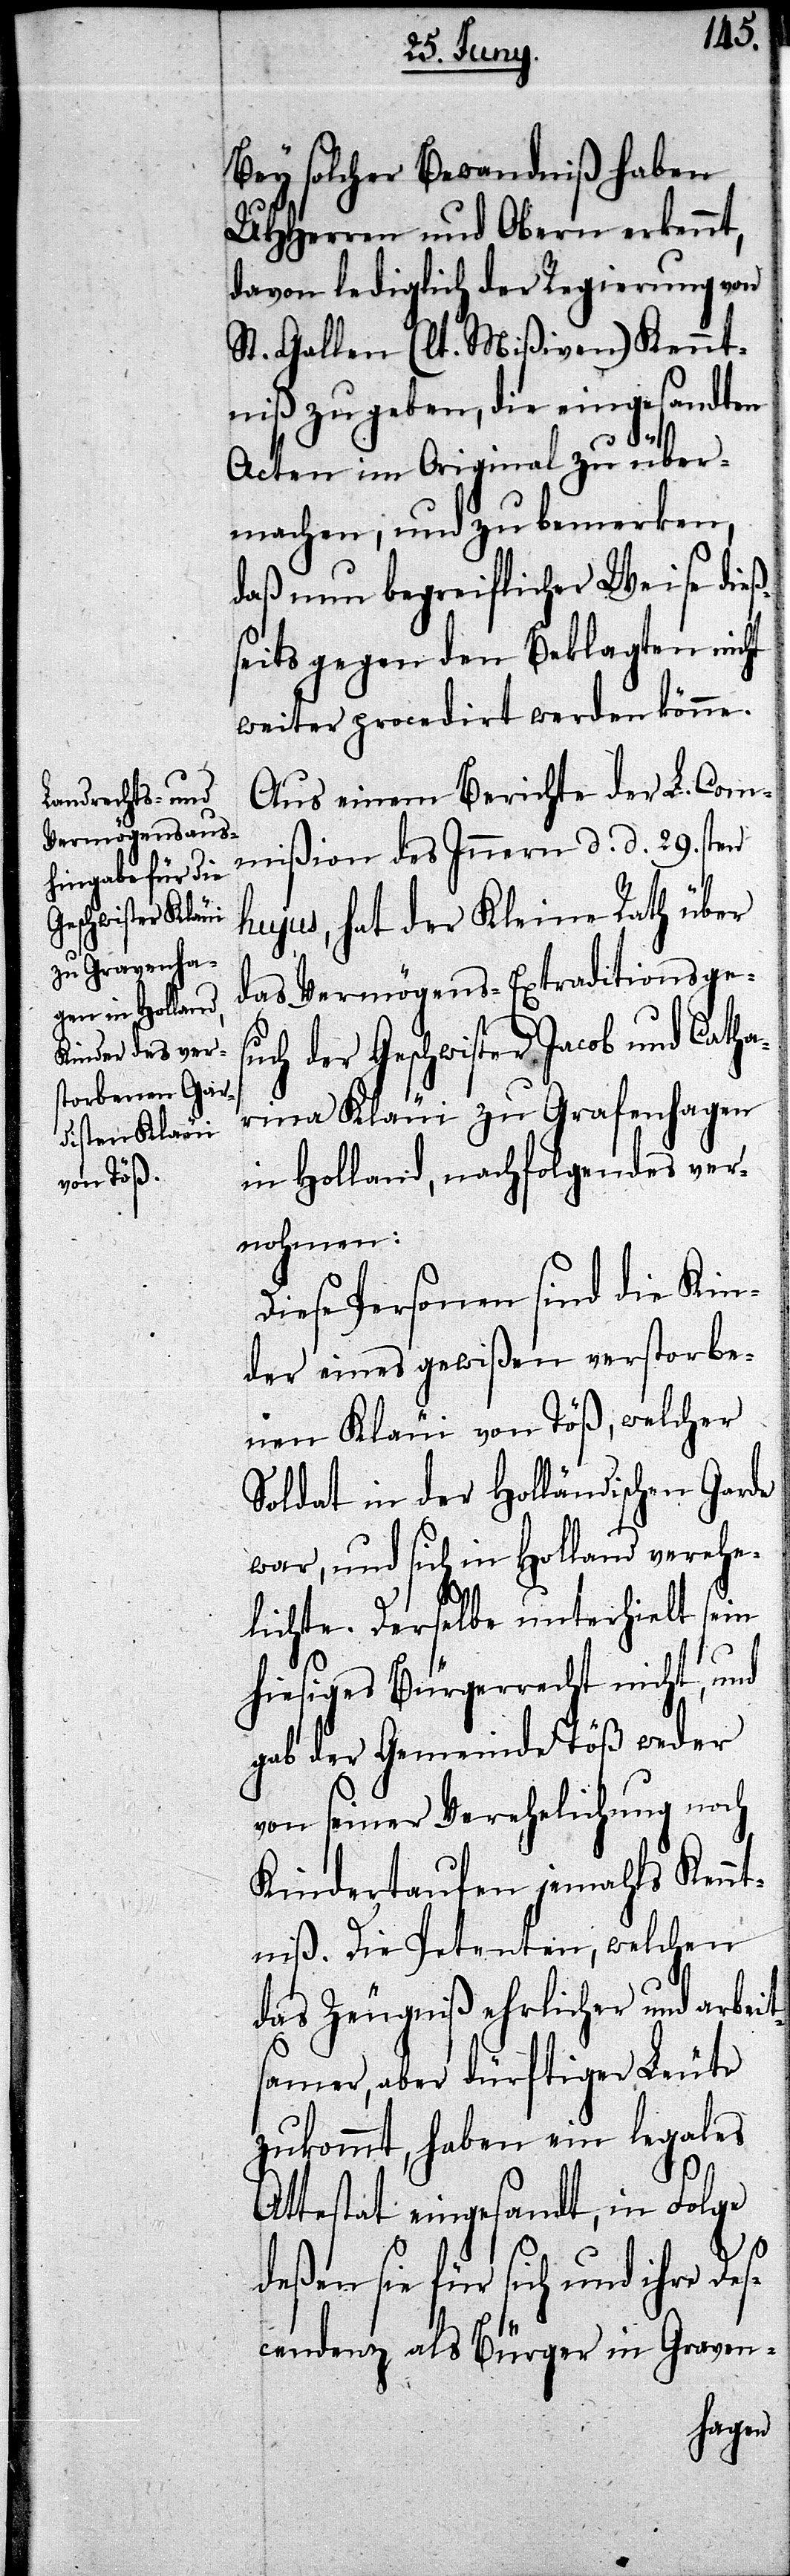
Bey solcher Bewandniß haben
UHHerren und Obern erkennt,
davon lediglich der Regierung von
St. Gallen (lt. Mißiven) Kennt¬
niß zu geben, die eingesandten
Acten im Original zu über¬
machen, und zu bemerken,
daß nun begreiflicher Weise dieß¬
seits gegen den Beklagten nicht
weiter procedirt werden könne.
Aus einem Berichte der L. Com¬
mißion des Innern d. d. 29.sten
hujus, hat der Kleine Rath über
das Vermögens-Extraditionsgesu¬
ch der Geschwister Jacob und Catha¬
rina Kläui zu Grafenhagen
in Holland, nachfolgendes ver¬
nohmen:
Diese Personen sind die Kin¬
der eines gewißen verstorbe¬
nen Kläui von Töß, welcher
Soldat in der Holländischen Garde
war, und sich in Holland verehe¬
lichte. Derselbe unterhielt sein
hiesiges Bürgerrecht nicht, und
gab der Gemeinde Töß weder
von seiner Verehelichung noch
Kindertaufen jemahls Kennt¬
niß. Die Petenten, welchen
das Zeugniß ehrlicher und arbeit¬
samer, aber dürftiger Leute
zukommt, haben ein legales
Attestat eingesandt, in Folge
deßen sie für sich und ihre Des¬
cendenz als Bürger in Graven-